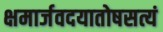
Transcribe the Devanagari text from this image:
क्षमार्जवदयातोषसत्यं